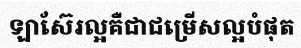
ឡាស៊ែរល្អគឺជាជម្រើសល្អបំផុត